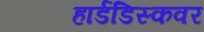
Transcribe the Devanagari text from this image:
हार्डडिस्कवर